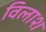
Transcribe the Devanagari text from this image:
विलाश